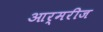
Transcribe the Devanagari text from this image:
आर्मरीज